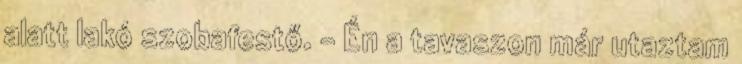
alatt lakó szobafestő. – Én a tavaszon már utaztam